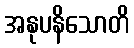
အနုပနိသောတိ